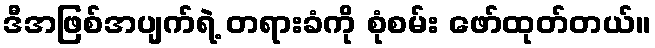
ဒီအဖြစ်အပျက်ရဲ့ တရားခံကို စုံစမ်း ဖော်ထုတ်တယ်။